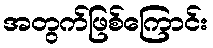
အတွက်ဖြစ်ကြောင်း